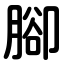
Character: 腳